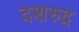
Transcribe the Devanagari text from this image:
दशरुद्र